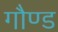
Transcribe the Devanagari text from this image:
गौण्ड